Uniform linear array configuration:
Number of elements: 4
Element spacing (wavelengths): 1
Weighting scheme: exponential
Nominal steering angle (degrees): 60
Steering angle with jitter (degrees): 59.172
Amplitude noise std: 0.05
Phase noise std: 0.05

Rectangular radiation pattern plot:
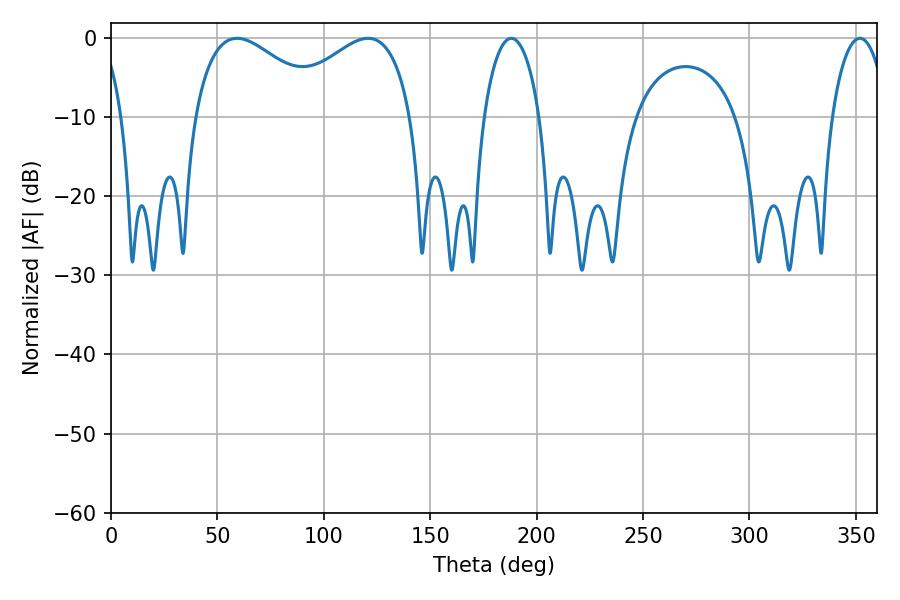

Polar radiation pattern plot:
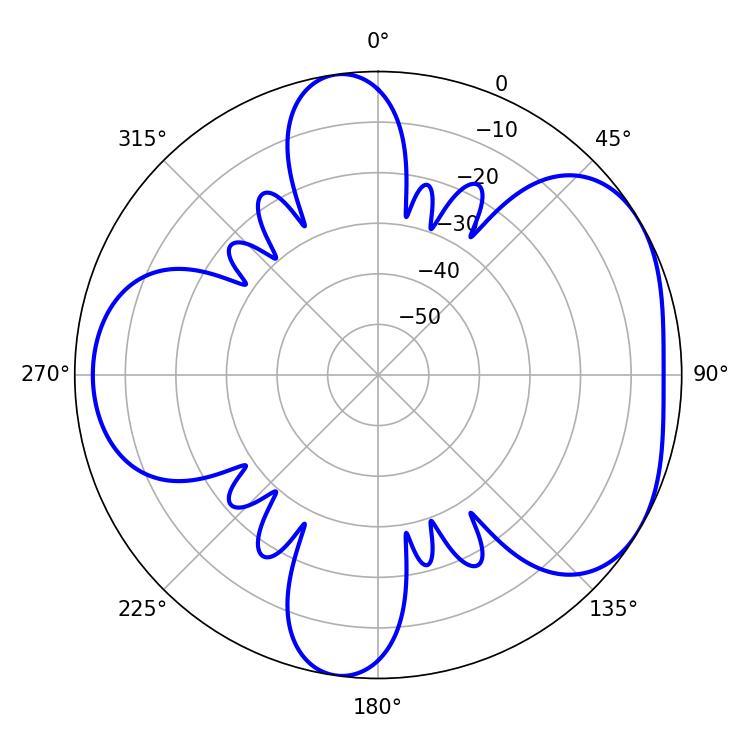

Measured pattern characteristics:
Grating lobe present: TRUE
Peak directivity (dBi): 4.623
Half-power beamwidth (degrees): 14.94
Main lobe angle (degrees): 188.1